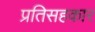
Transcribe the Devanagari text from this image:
प्रतिसहकार